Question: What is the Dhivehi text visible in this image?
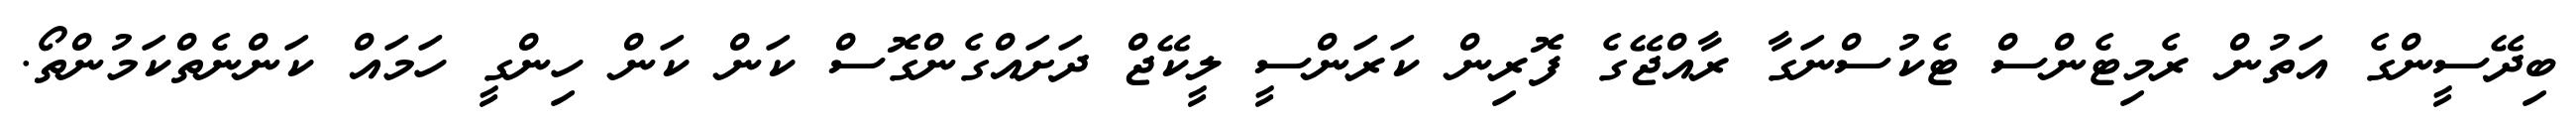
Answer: ބިދޭސީންގެ އަތުން ރެމިޓެންސް ޓެކުސްނަގާ ރާއްޖޭގެ ފޮރިން ކަރަންސީ ލީކޭޖް ދަށައްގެންގޮސް ކަން ކަން ހިންގީ ހަމައް ކަންނެތްކަމުންތޯ.